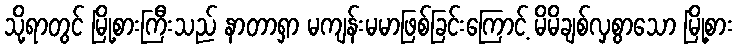
သို့ရာတွင် မြို့စားကြီးသည် နာတာရှာ မကျန်းမမာဖြစ်ခြင်းကြောင့် မိမိချစ်လှစွာသော မြို့စား